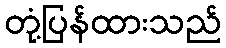
တုံ့ပြန်ထားသည်